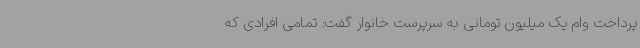
پرداخت وام یک میلیون تومانی به سرپرست خانوار گفت: تمامی افرادی که